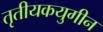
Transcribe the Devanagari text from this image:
तृतीयकयुगीन